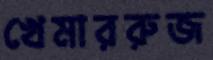
খেমাররুজ